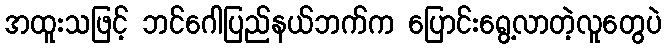
အထူးသဖြင့် ဘင်ဂေါပြည်နယ်ဘက်က ပြောင်းရွေ့လာတဲ့လူတွေပဲ